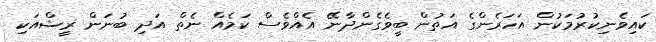
ކައިވެނިކުރުމަކުން އަހަރެންގެ އަތުން ބީވެގެންދާނޭ އެއްވެސް ކަމެއް ނެތް އަދި ބުނަން ރީޝްއަކި